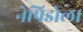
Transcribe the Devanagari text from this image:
नेपिडोला